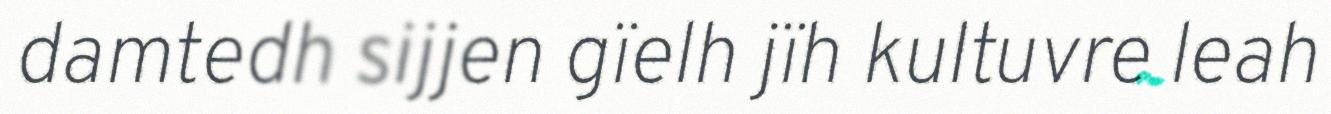
damtedh sijjen gïelh jïh kultuvre leah